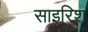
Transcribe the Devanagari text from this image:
साइरिश